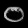
Digit: ၀